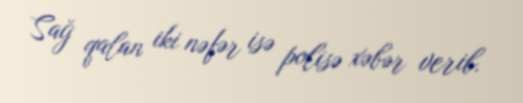
Sağ qalan iki nəfər isə polisə xəbər verib.